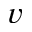
v